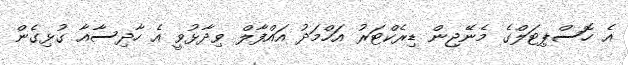
އެ ހޮސްޕިޓަލްގެ މެނޭޖިން ޑިރެކްޓަރު އަހްމަދު އައްފާލް ވިދާޅުވީ އެ ހާދިސާއާ ގުޅިގެން